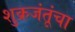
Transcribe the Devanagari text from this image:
शुक्रजंतूंचा